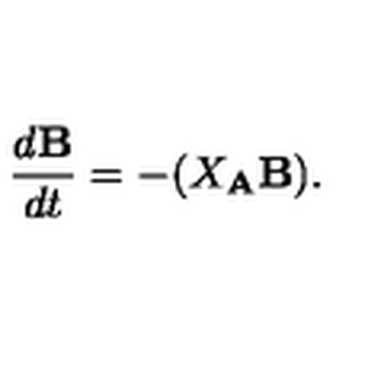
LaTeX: { \frac { d { \bf B } } { d t } } = - ( X _ { \bf A } { \bf B } ) .